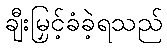
ချီးမြှင့်ခံခဲ့ရသည်